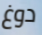
دوغ